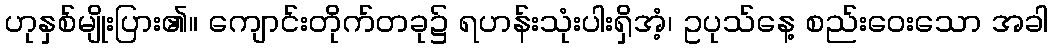
ဟုနှစ်မျိုးပြား၏။ ကျောင်းတိုက်တခု၌ ရဟန်းသုံးပါးရှိအံ့၊ ဥပုသ်နေ့ စည်းဝေးသော အခါ